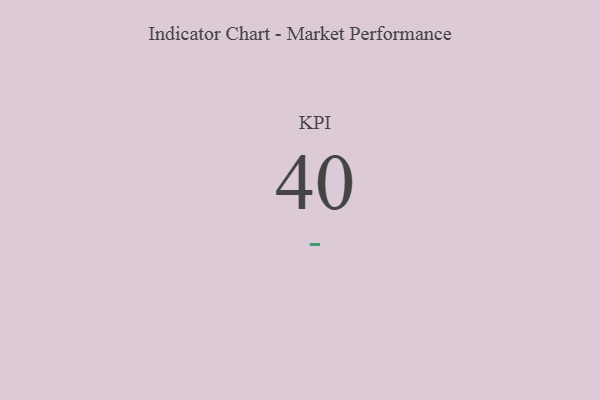
{"axis": {"x": "KPI", "y": "Value"}, "legend": [""], "data": [{"x": "KPI", "y": 40, "type": ""}]}